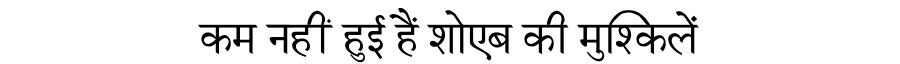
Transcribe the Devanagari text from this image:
कम नहीं हुई हैं शोएब की मुश्किलें